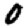
Digit: 0